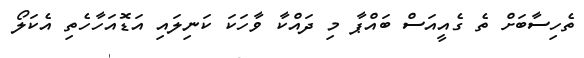
ތެހިސާބަށް ތެ ގެއީއަސް ބައްޕާ މި ދައްކާ ވާހަކަ ކަނިލައި އަޑޮއަހާހެތި އެކަލޯ